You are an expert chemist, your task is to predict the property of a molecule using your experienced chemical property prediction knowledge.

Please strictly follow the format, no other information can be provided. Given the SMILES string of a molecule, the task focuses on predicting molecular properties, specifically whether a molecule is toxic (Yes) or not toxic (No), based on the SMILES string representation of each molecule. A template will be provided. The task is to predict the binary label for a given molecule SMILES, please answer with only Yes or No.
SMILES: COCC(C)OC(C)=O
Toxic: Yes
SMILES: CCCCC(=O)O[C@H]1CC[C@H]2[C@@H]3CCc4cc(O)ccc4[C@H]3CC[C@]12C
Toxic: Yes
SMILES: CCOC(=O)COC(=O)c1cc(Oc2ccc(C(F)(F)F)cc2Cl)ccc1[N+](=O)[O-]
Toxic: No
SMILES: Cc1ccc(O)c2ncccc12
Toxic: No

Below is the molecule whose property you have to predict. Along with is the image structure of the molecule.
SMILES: O=CC1CC=CCC1
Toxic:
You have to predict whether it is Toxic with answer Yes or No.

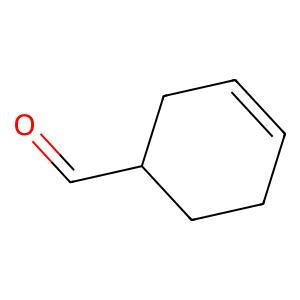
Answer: No